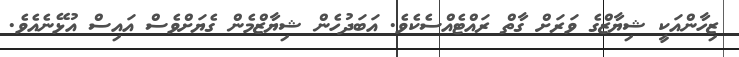
ޒިހާންއަކީ ޝިޔާޒްގެ ވަރަށް ގާތް ރައްޓެއްސެކެވެ. އަބަދުހެން ޝިޔާޒްމެން ގެޔަށްވެސް އައިސް އުޅޭނެއެވެ.